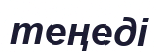
теңеді